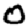
Digit: 0